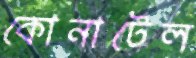
কোনাটেল